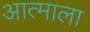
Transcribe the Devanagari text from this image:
आत्माला